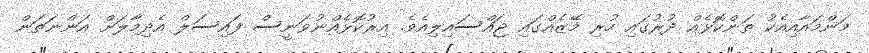
މަންމައާއިއެކު ތަންކޮޅެއް ދުރުގައި ހުރި މޭޒެއްގައި ޖައްސައިލިއެވެ. އިރުކޮޅެއްނުވަނީސް ފައިސަލް އެދިމާލަށް އަންނަތަން